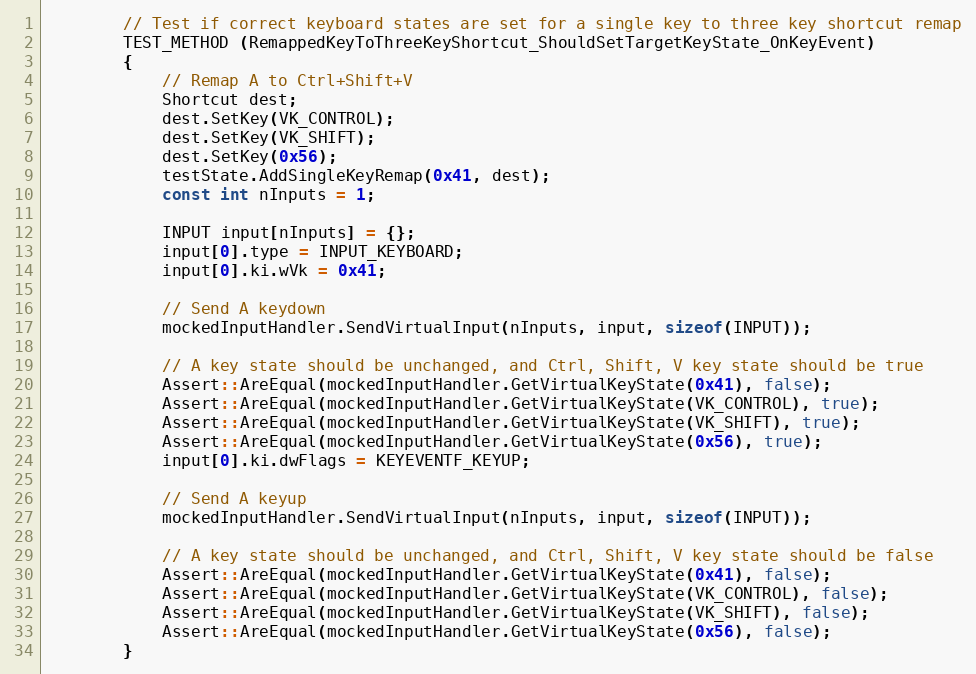
Language: C++
        // Test if correct keyboard states are set for a single key to three key shortcut remap
        TEST_METHOD (RemappedKeyToThreeKeyShortcut_ShouldSetTargetKeyState_OnKeyEvent)
        {
            // Remap A to Ctrl+Shift+V
            Shortcut dest;
            dest.SetKey(VK_CONTROL);
            dest.SetKey(VK_SHIFT);
            dest.SetKey(0x56);
            testState.AddSingleKeyRemap(0x41, dest);
            const int nInputs = 1;

            INPUT input[nInputs] = {};
            input[0].type = INPUT_KEYBOARD;
            input[0].ki.wVk = 0x41;

            // Send A keydown
            mockedInputHandler.SendVirtualInput(nInputs, input, sizeof(INPUT));

            // A key state should be unchanged, and Ctrl, Shift, V key state should be true
            Assert::AreEqual(mockedInputHandler.GetVirtualKeyState(0x41), false);
            Assert::AreEqual(mockedInputHandler.GetVirtualKeyState(VK_CONTROL), true);
            Assert::AreEqual(mockedInputHandler.GetVirtualKeyState(VK_SHIFT), true);
            Assert::AreEqual(mockedInputHandler.GetVirtualKeyState(0x56), true);
            input[0].ki.dwFlags = KEYEVENTF_KEYUP;

            // Send A keyup
            mockedInputHandler.SendVirtualInput(nInputs, input, sizeof(INPUT));

            // A key state should be unchanged, and Ctrl, Shift, V key state should be false
            Assert::AreEqual(mockedInputHandler.GetVirtualKeyState(0x41), false);
            Assert::AreEqual(mockedInputHandler.GetVirtualKeyState(VK_CONTROL), false);
            Assert::AreEqual(mockedInputHandler.GetVirtualKeyState(VK_SHIFT), false);
            Assert::AreEqual(mockedInputHandler.GetVirtualKeyState(0x56), false);
        }